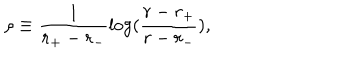
\rho \equiv \frac { 1 } { r _ { + } - r _ { - } } \log ( \frac { r - r _ { + } } { r - r _ { - } } ) ,